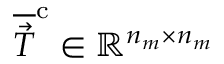
\overline { { \vec { T } } } ^ { \mathrm { c } } \in \mathbb { R } ^ { n _ { m } \times n _ { m } }